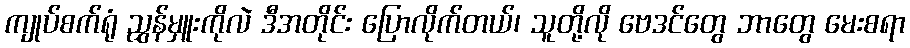
ကျုပ်စက်ရုံ ညွှန်မှူးကိုလဲ ဒီအတိုင်း ပြောလိုက်တယ်၊ သူတို့လို ဗေဒင်တွေ ဘာတွေ မေးစရာ